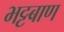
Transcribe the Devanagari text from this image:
भट्टबाण